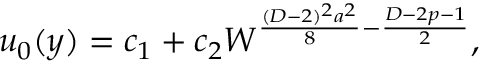
u _ { 0 } ( y ) = c _ { 1 } + c _ { 2 } { \cal W } ^ { { \frac { ( D - 2 ) ^ { 2 } a ^ { 2 } } { 8 } } - { \frac { D - 2 p - 1 } { 2 } } } ,